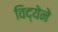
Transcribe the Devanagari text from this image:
विद्येने